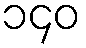
၁၄၀